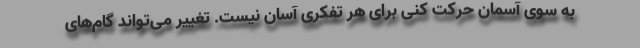
به سوی آسمان حرکت کنی برای هر تفکری آسان نیست. تغییر می‌تواند گام‌های